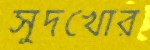
সুদখোর